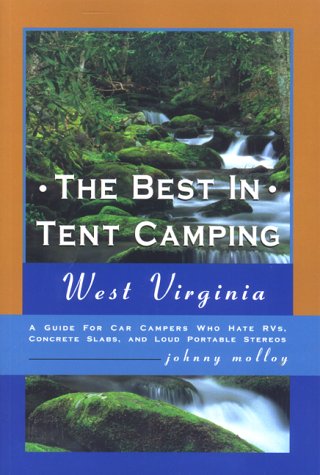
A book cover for The Best in Tent Camping: West Virginia: A Guide to Campers Who Hate RVs, Concrete Slabs, and Loud Portable Stereos; Johnny Molloy; Travel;